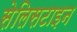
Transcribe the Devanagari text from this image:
सेलिसटाइन